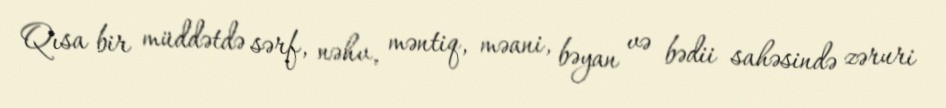
Qısa bir müddətdə sərf, nəhv, məntiq, məani, bəyan və bədii sahəsində zəruri